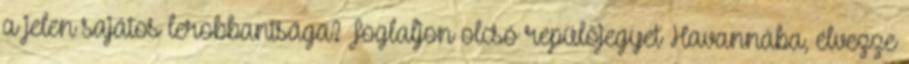
a jelen sajátos lerobbantsága? Foglaljon olcsó repülőjegyet Havannába, élvezze